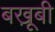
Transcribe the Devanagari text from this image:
बखू़बी